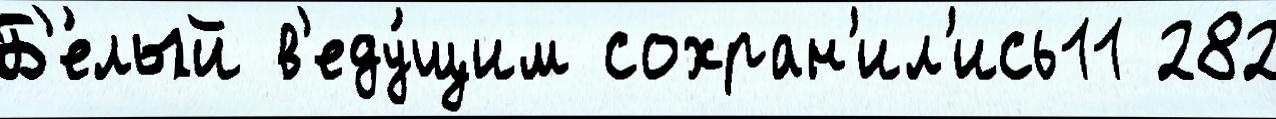
Б'е́лый в'еду́щим сохран'ил'ись11 282